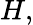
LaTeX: H,